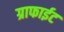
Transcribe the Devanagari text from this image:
ग्राफाईट